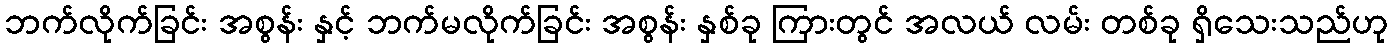
ဘက်လိုက်ခြင်း အစွန်း နှင့် ဘက်မလိုက်ခြင်း အစွန်း နှစ်ခု ကြားတွင် အလယ် လမ်း တစ်ခု ရှိသေးသည်ဟု